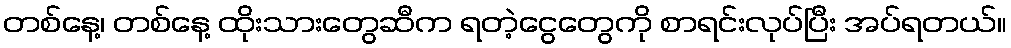
တစ်နေ့၊ တစ်နေ့ ထိုးသားတွေဆီက ရတဲ့ငွေတွေကို စာရင်းလုပ်ပြီး အပ်ရတယ်။